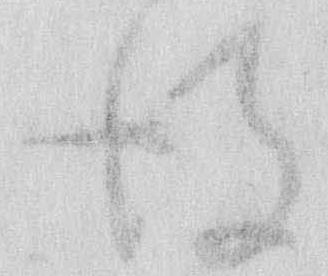
得